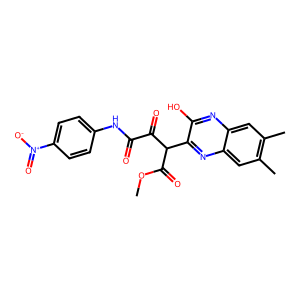
SMILES: COC(=O)C(C(=O)C(=O)Nc1ccc([N+](=O)[O-])cc1)c1nc2cc(C)c(C)cc2nc1O
Inhibits HIV replication: No